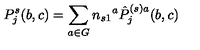
P _ { j } ^ { s } ( b , c ) = \sum _ { a \in G } n _ { s 1 } { } ^ { a } \hat { P } _ { j } ^ { ( s ) a } ( b , c )